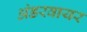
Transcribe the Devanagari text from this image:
अंडरवायर